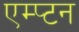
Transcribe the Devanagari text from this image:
एम्प्टन